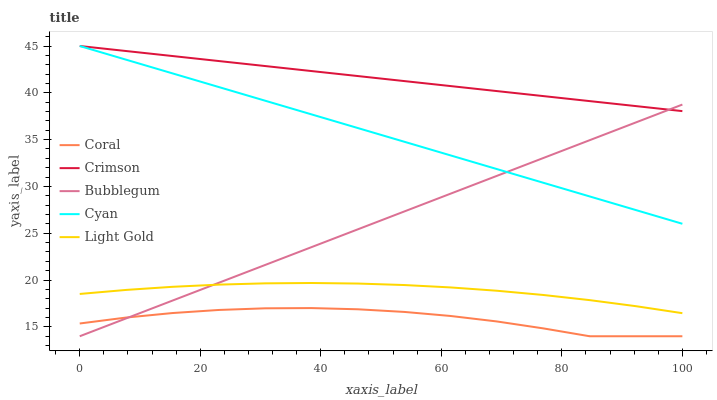
| xaxis_label | Coral | Crimson | Bubblegum | Cyan | Light Gold |
 | --- | --- | --- | --- | --- | --- |
 | 0 | 15.4 | 45 | 14 | 45 | 18.5 |
 | 7.69 | 16 | 44.5 | 15.9 | 43.5 | 18.9 |
 | 15.4 | 16.5 | 43.9 | 17.8 | 42.1 | 19.3 |
 | 23.1 | 16.8 | 43.4 | 19.7 | 40.6 | 19.5 |
 | 30.8 | 17 | 42.9 | 21.6 | 39.2 | 19.7 |
 | 38.5 | 17 | 42.3 | 23.5 | 37.7 | 19.7 |
 | 46.2 | 16.9 | 41.8 | 25.4 | 36.2 | 19.6 |
 | 53.8 | 16.6 | 41.3 | 27.3 | 34.8 | 19.5 |
 | 61.5 | 16.2 | 40.7 | 29.2 | 33.3 | 19.2 |
 | 69.2 | 15.6 | 40.2 | 31.1 | 31.9 | 18.9 |
 | 76.9 | 14.8 | 39.7 | 33 | 30.4 | 18.4 |
 | 84.6 | 14 | 39.1 | 34.9 | 28.9 | 17.9 |
 | 92.3 | 14 | 38.6 | 36.8 | 27.5 | 17.2 |
 | 100 | 14 | 38 | 38.7 | 26 | 16.5 |